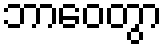
ဘာဝေတွာ